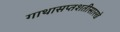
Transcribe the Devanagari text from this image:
गाथासप्तशतीसारखे